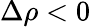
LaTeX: \Delta\rho<0